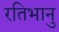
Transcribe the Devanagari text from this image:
रतिभानु